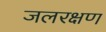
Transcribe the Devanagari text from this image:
जलरक्षण